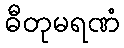
ဓီတုမရဏံ